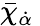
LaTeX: \bar{\chi}_{\dot{\alpha}}\: